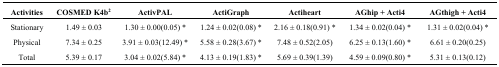
<table><thead><tr><td><b>Activities</b></td><td><b>COSMED K4b<sup>2</sup></b></td><td><b>ActivPAL</b></td><td><b>ActiGraph</b></td><td><b>Actiheart</b></td><td><b>AGhip + Acti4</b></td><td><b>AGthigh + Acti4</b></td></tr></thead><tbody><tr><td>Stationary</td><td>1.49 ± 0.03</td><td>1.30 ± 0.00(0.05) *</td><td>1.24 ± 0.02(0.08) *</td><td>2.16 ± 0.18(0.91) *</td><td>1.34 ± 0.02(0.04) *</td><td>1.31 ± 0.02(0.04) *</td></tr><tr><td>Physical</td><td>7.34 ± 0.25</td><td>3.91 ± 0.03(12.49) *</td><td>5.58 ± 0.28(3.67) *</td><td>7.48 ± 0.52(2.05)</td><td>6.25 ± 0.13(1.60) *</td><td>6.61 ± 0.20(0.25)</td></tr><tr><td>Total</td><td>5.39 ± 0.17</td><td>3.04 ± 0.02(5.84) *</td><td>4.13 ± 0.19(1.83) *</td><td>5.69 ± 0.39(1.39)</td><td>4.59 ± 0.09(0.80) *</td><td>5.31 ± 0.13(0.12)</td></tr></tbody></table>